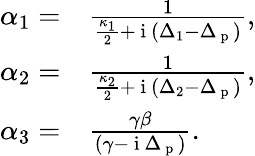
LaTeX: \begin{array}{rl}{\alpha_{1}=}&{{}\frac{1}{\frac{\kappa_{1}}{2}+\mathrm{~i~}\left(\Delta_{1}-\Delta_{\mathrm{~p~}}\right)},}\\ {\alpha_{2}=}&{{}\frac{1}{\frac{\kappa_{2}}{2}+\mathrm{~i~}\left(\Delta_{2}-\Delta_{\mathrm{~p~}}\right)},}\\ {\alpha_{3}=}&{{}\frac{\gamma\beta}{\left(\gamma-\mathrm{~i~}\Delta_{\mathrm{~p~}}\right)}.}\end{array}